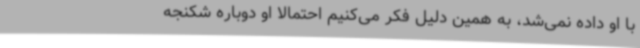
با او داده نمی‌شد، به همین دلیل فکر می‌کنیم احتمالا او دوباره شکنجه